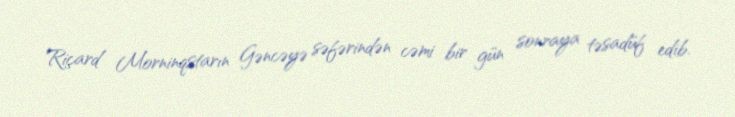
Riçard Morninqstarın Gəncəyə səfərindən cəmi bir gün sonraya təsadüf edib.